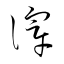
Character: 滓